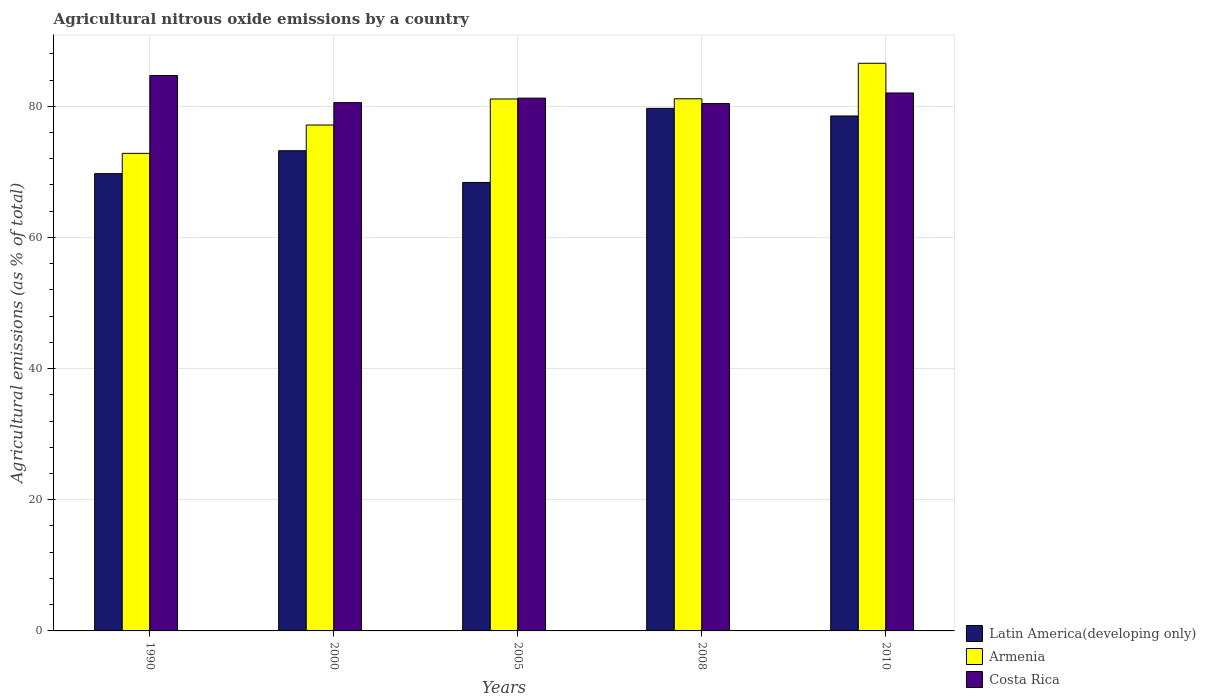
| Years | Latin America(developing only) | Armenia | Costa Rica |
 | --- | --- | --- | --- |
 | 1990 | 69.7 | 72.8 | 84.7 |
 | 2000 | 73.2 | 77.1 | 80.6 |
 | 2005 | 68.4 | 81.1 | 81.2 |
 | 2008 | 79.7 | 81.1 | 80.4 |
 | 2010 | 78.5 | 86.6 | 82 |